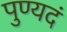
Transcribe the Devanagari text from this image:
पुण्यदं